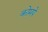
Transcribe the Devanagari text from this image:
कोमपे